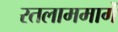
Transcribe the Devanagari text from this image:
रतलाममार्गे